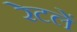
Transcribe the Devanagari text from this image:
रेटलें